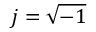
j = \sqrt { - 1 }